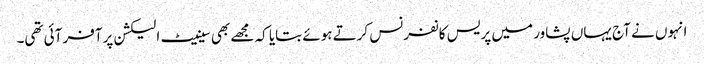
انہوں نے آج یہاں پشاور میں پریس کانفرنس کرتے ہوئے بتایا کہ مجھے بھی سینیٹ الیکشن پرآفر آئی تھی۔